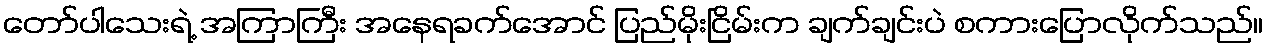
တော်ပါသေးရဲ့ အကြာကြီး အနေရခက်အောင် ပြည်မိုးငြိမ်းက ချက်ချင်းပဲ စကားပြောလိုက်သည်။